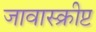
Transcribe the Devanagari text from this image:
जावास्क्रीप्ट